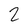
Character: 2